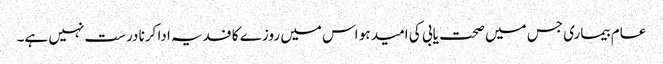
عام بیماری جس میں صحت یابی کی امید ہو اس میں روزے کا فدیہ ادا کرنا درست نہیں ہے۔